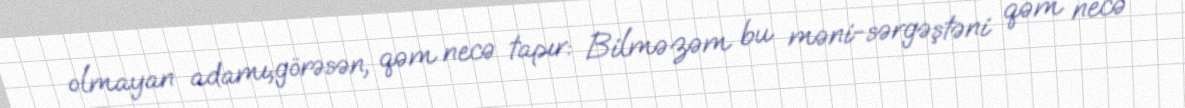
olmayan adamı,görəsən, qəm necə tapır: Bilməzəm bu məni-sərgəştəni qəm necə